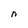
Character: n